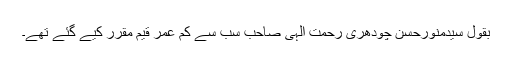
بقول سیدمنورحسن چودھری رحمت الٰہی صاحب سب سے کم عمر قیم مقرر کیے گئے تھے۔